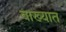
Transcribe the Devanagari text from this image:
वाख्यात